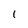
Character: 1